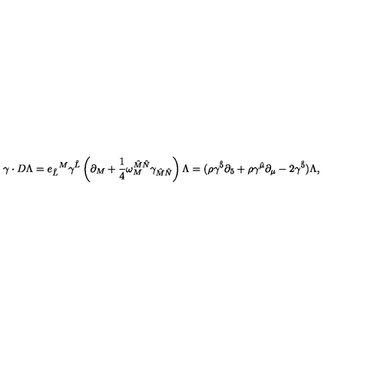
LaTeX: { \gamma \cdot D \Lambda = { e _ { { \hat { L } } } } ^ { M } \gamma ^ { \hat { L } } \left( \partial _ { M } + \frac { 1 } { 4 } \omega _ { M } ^ { \hat { M } \hat { N } } \gamma _ { \hat { M } \hat { N } } \right) \Lambda = ( \rho \gamma ^ { \hat { 5 } } \partial _ { 5 } + \rho \gamma ^ { \hat { \mu } } \partial _ { \mu } - 2 \gamma ^ { \hat { 5 } } ) \Lambda , }